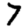
Digit: 7